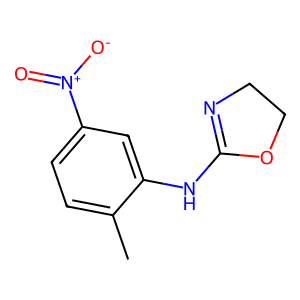
SMILES: Cc1ccc([N+](=O)[O-])cc1NC1=NCCO1
Inhibits HIV replication: No